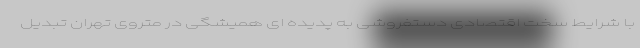
با شرایط سخت اقتصادی دستفروشی به پدیده ای همیشگی در متروی تهران تبدیل